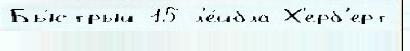
Бы́стрый 15 л'е́йбла Х'ерб'ерт